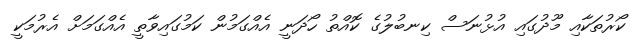
ކޯރުތަކާއި މޫދުގައި އުޅުނަސް ކިނބުލުގެ ކޮއްތު ހޯދަނީ އެއްގަމުން ކަމުގައިވާތީ އެއްގަމަށް އެރުމަކީ